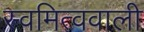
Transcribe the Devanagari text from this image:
स्वमित्ववाली